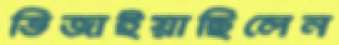
ভিজাইয়াছিলেন